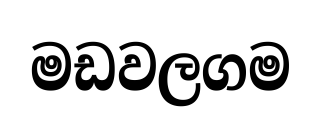
මඩවලගම